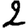
Digit: 2